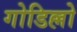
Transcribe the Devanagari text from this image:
गोडिल्लो